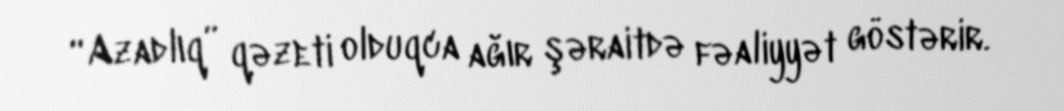
“Azadlıq” qəzeti olduqca ağır şəraitdə fəaliyyət göstərir.